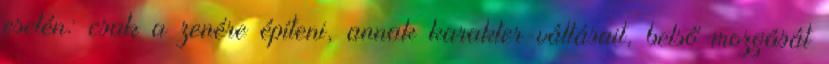
esetén: csak a zenére építeni, annak karakter-váltásait, belső mozgását